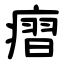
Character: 㿇